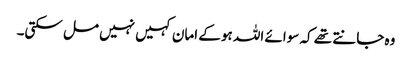
وہ جانتے تھے کہ سوائے اللہ ہو کے امان کہیں نہیں مل سکتی۔